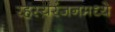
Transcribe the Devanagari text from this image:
रहस्यरंजनमध्ये